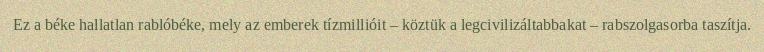
Ez a béke hallatlan rablóbéke, mely az emberek tízmillióit – köztük a legcivilizáltabbakat – rabszolgasorba taszítja.